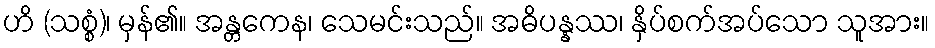
ဟိ (သစ္စံ)၊ မှန်၏။ အန္တကေန၊ သေမင်းသည်။ အဓိပန္နဿ၊ နှိပ်စက်အပ်သော သူအား။